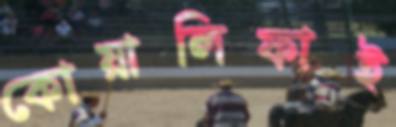
কোয়ালিফাই